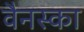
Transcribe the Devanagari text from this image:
वैनस्का